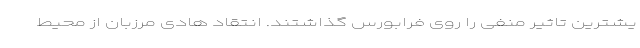
یشترین تاثیر منفی را روی فرابورس گذاشتند. انتقاد هادی مرزبان از محیط